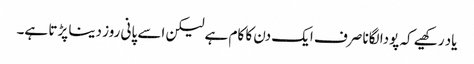
یاد رکھیے کہ پودا لگانا صرف ایک دن کا کام ہے لیکن اسے پانی روز دینا پڑتا ہے۔